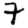
Digit: 7